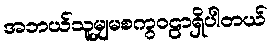
အဘယ်သူမျှမစကွဝဠာရှိပါတယ်